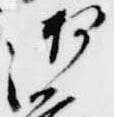
御